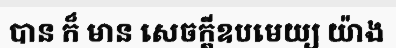
បាន ក៏ មាន សេចក្តីឧបមេយ្យ យ៉ាង